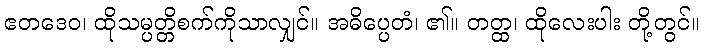
ဧတဒေဝ၊ ထိုသမ္ပတ္တိစက်ကိုသာလျှင်။ အဓိပ္ပေတံ၊ ၏။ တတ္ထ၊ ထိုလေးပါး တို့တွင်။